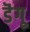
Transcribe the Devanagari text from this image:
डॆंगू